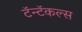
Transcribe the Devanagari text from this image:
टॅन्टॅकल्स